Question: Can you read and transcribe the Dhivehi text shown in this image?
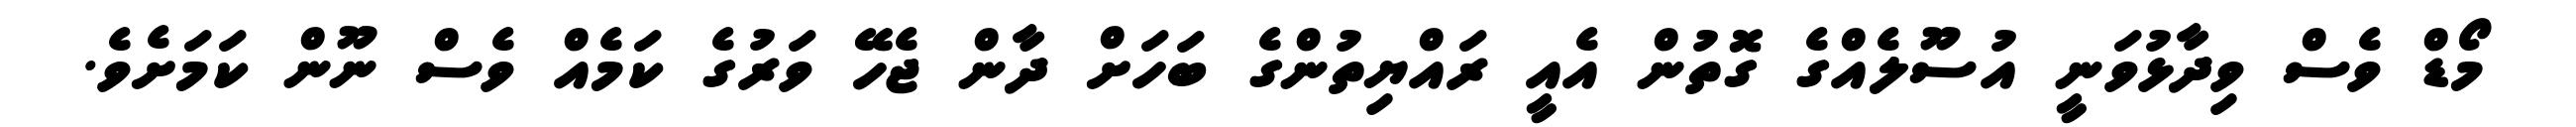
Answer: މޯޑް ވެސް ވިދާޅުވަނީ އުސޫލެއްގެ ގޮތުން އެއީ ރައްޔިތުންގެ ބަހަށް ދާން ޖެހޭ ވަރުގެ ކަމެއް ވެސް ނޫން ކަމަށެވެ.